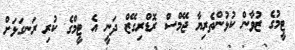
ޓީމުގެ ޒުވާން ކުޅުންތެރިޔާ ޖޭމްސް ރޮޑްރިގޭޒް ދަނީ އެ ޓީމްގެ ކުރި ރަނގަޅަށް